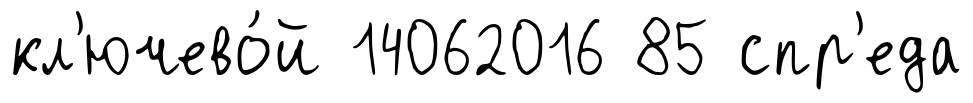
кл'ючево́й 14062016 85 спр'еда